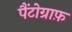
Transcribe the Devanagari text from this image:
पैंटोग्राफ़